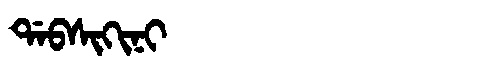
Manchu: ᡩᠠᠪᠰᡳᡴᡳᠨᡳ
Romanization: DABSIKINI